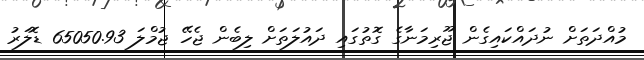
މުއްދަތަށް ނުދައްކައިގެން ޖޫރިމަނާގެ ގޮތުގައި ދައުލަތަށް ލިބެން ޖެހޭ ޖުމްލަ 65050.93 ޑޮލަރު